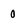
Character: 0